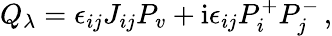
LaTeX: Q_{\lambda}=\epsilon_{ij}J_{ij}P_{v}+\mathrm{i}\epsilon_{ij}P_{i}^{+}P_{j}^{-}\, ,